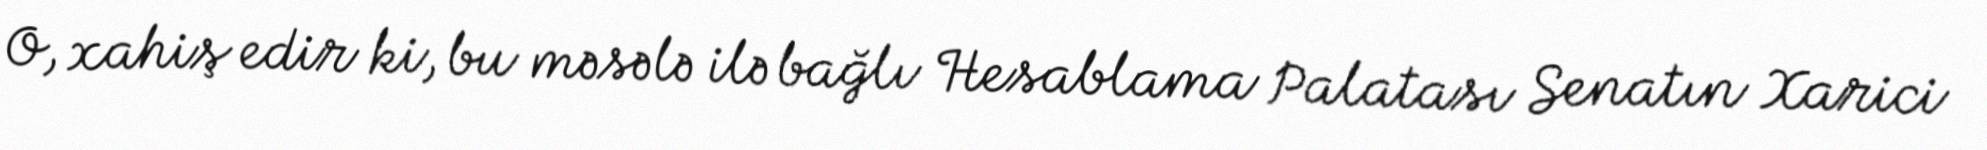
O, xahiş edir ki, bu məsələ ilə bağlı Hesablama Palatası Senatın Xarici